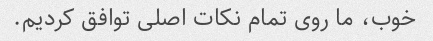
خوب، ما روی تمام نکات اصلی توافق کردیم.